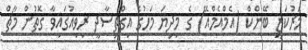
މަރުކަޒީ ބޭންކް (އެމްއެމްއޭ) ގެ މިދިޔަ މަހުގެ އިގްތިސާދީ ރިވިއުގައިވާ ގޮތުން މާޗް